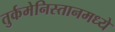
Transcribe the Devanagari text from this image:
तुर्कमेनिस्तानमध्ये